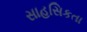
સાહસિકતા